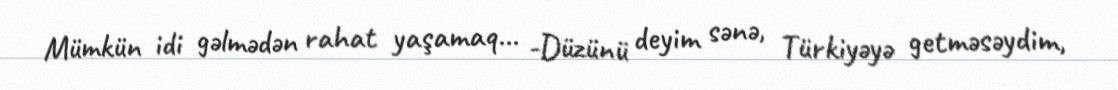
Mümkün idi gəlmədən rahat yaşamaq... -Düzünü deyim sənə, Türkiyəyə getməsəydim,